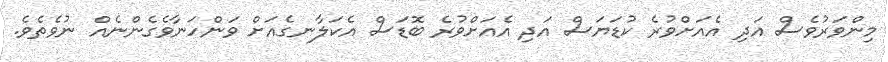
މިންވަރުވެސް އަދި އެއަށްވުރެ ކުޑަޔަސް އަދި އެއަށްވުރެ ބޮޑަސް އެކަލާނގެއަށް ވަންހަނާވެގެންނެއް ނުވެތެވެ.